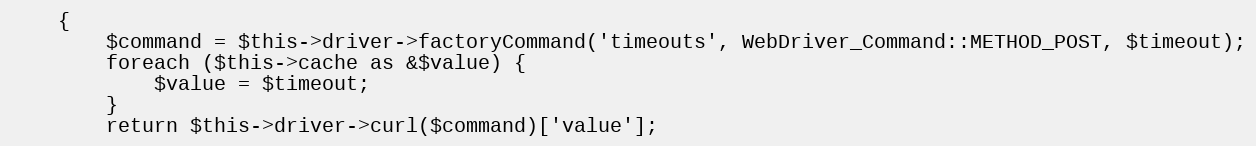
Language: PHP
    {
        $command = $this->driver->factoryCommand('timeouts', WebDriver_Command::METHOD_POST, $timeout);
        foreach ($this->cache as &$value) {
            $value = $timeout;
        }
        return $this->driver->curl($command)['value'];